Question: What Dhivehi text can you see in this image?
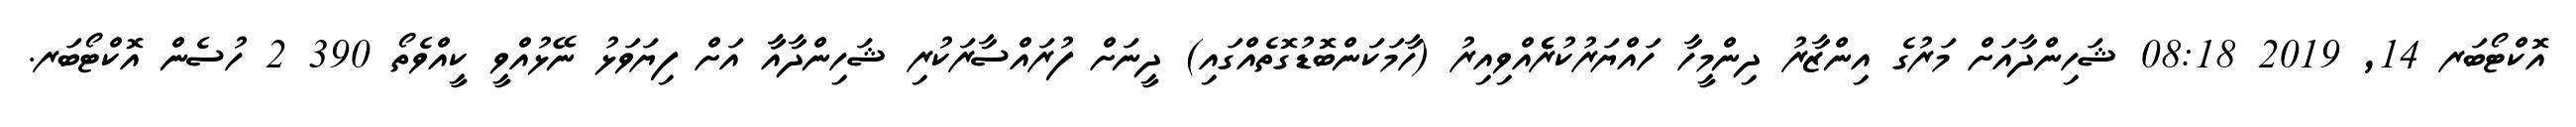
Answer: އޮކްޓޯބަރ 14, 2019 08:18 ޝަހިންދާއަށް މަރުގެ އިންޒާރު ދިންމީހާ ހައްޔަރުކުރެެެެެއްވިއިރު (ހާމަކަންބޮޑުގޮތެއްގައި) ދީނަށް ފުރައްސާރަކުރި ޝަހިންދާއާާ އަށް ފިޔަވަޅު ނޭޅުއްވީ ކީއްވެތޯ 390 2 ހުސެން އޮކްޓޯބަރ.